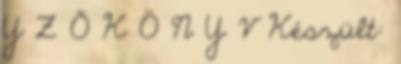
Y Z Ő K Ö N Y V Készült: